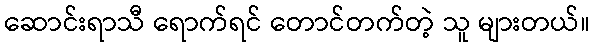
ဆောင်းရာသီ ရောက်ရင် တောင်တက်တဲ့ သူ များတယ်။